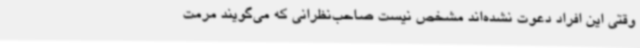
وقتی این افراد دعوت نشده‌اند مشخص نیست صاحب‌نظرانی که می‌گویند مرمت